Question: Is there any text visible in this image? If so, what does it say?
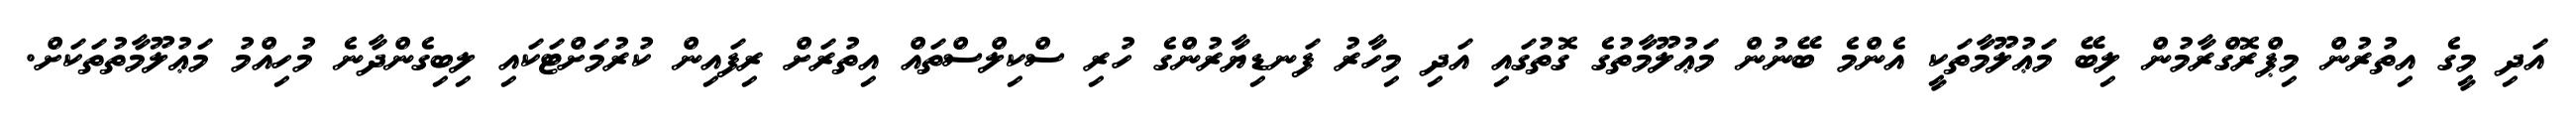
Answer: އަދި މީގެ އިތުރުން މިޕްރޮގްރާމުން ލިބޭ މަޢުލޫމާތަކީ އެންމެ ބޭނުން މަޢުލޫމާތުގެ ގޮތުގައި އަދި މިހާރު ފަނޑިޔާރުންގެ ހުރި ސްކިލްސްތައް އިތުރަށް ރިފައިން ކުރުމަށްޓަކައި ލިބިގެންދާނެ މުހިއްމު މަޢުލޫމާތުތަކަށް.